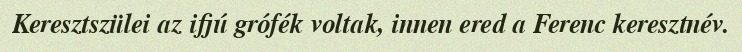
Keresztszülei az ifjú grófék voltak, innen ered a Ferenc keresztnév.